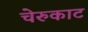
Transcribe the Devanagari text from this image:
चेरुकाट